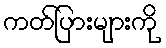
ကတ်ပြားများကို